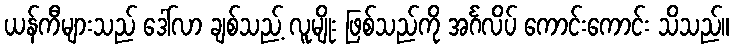
ယန်ကီများသည် ဒေါ်လာ ချစ်သည့် လူမျိုး ဖြစ်သည်ကို အင်္ဂလိပ် ကောင်းကောင်း သိသည်။